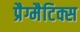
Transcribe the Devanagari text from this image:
प्रैग्मैटिक्स